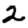
Digit: 2